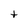
Character: t